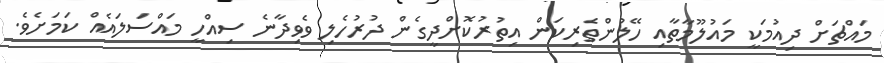
މައްޗަށް ދިއުމަކީ މައުލޫމާތާއި ހޭލުންތެރިކަން އިތުރުކޮށްދީގެން ދުރުހެލި ވެވިދާނެ ސިއްހީ މައްސަލައެއް ކަމަށެވެ.